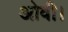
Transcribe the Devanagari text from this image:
ओवी।